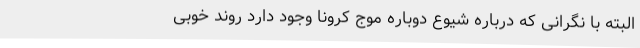
البته با نگرانی که درباره شیوع دوباره موج کرونا وجود دارد روند خوبی